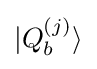
|Q_{b}^{(j)}\rangle